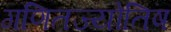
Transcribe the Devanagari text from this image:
गणितज्योतिष